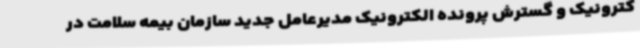
کترونیک و گسترش پرونده الکترونیک مدیرعامل جدید سازمان بیمه سلامت در